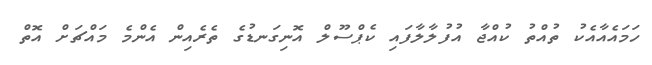
ހަމައެއާއެކު ތުއްތު ކުއްޖާ އުފުލާލާފައި ކެޕްސޫލް އޮނިގަނޑުގެ ތެރެއިން އެންމެ މައްޗަށް އޮތް